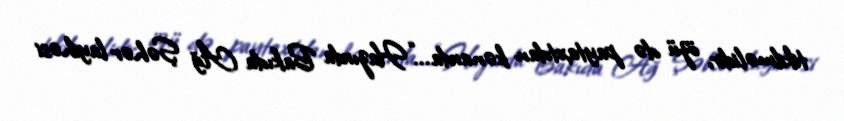
tikilməlidir, özü də paytaxtdan kənarda...“Hazırda Bakıda Ağ Şəhər layihəsi